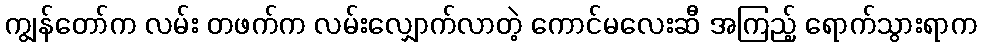
ကျွန်တော်က လမ်း တဖက်က လမ်းလျှောက်လာတဲ့ ကောင်မလေးဆီ အကြည့် ရောက်သွားရာက